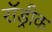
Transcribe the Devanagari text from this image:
रॉड्रीक